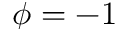
\phi = - 1